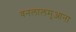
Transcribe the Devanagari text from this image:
वनलालमुआना